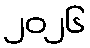
၂၀၂၆